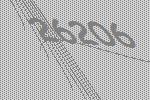
26206